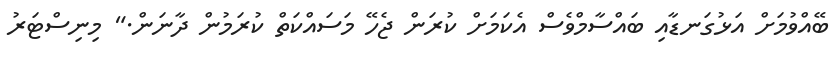
ބޭއްވުމަށް އަޅުގަނޑާއި ބައްސާމްވެސް އެކަމަށް ކުރަން ޖެހޭ މަސައްކަތް ކުރަމުން ދާނަން." މިނިސްޓަރު